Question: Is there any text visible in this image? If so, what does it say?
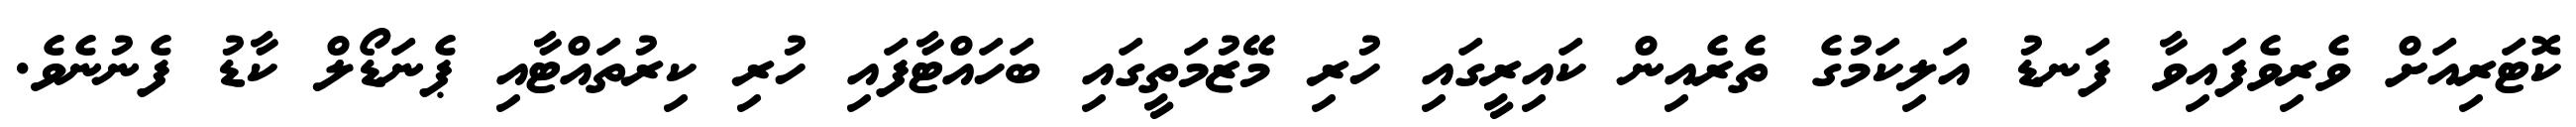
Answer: ކޮޓަރިއަށް ވެރިވެފައިވާ ފަނޑު އަލިކަމުގެ ތެރެއިން ކައިރީގައި ހުރި މޭޒުމަތީގައި ބަހައްޓާފައި ހުރި ކިރުތައްޓާއި ޕެނަޑޯލް ކާޑު ފެނުނެވެ.